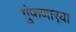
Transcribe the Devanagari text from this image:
गुंफणार्‍या